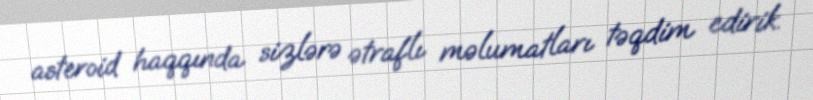
asteroid haqqında sizlərə ətraflı məlumatları təqdim edirik.